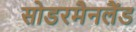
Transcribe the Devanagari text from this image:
सोडरमैनलैंड